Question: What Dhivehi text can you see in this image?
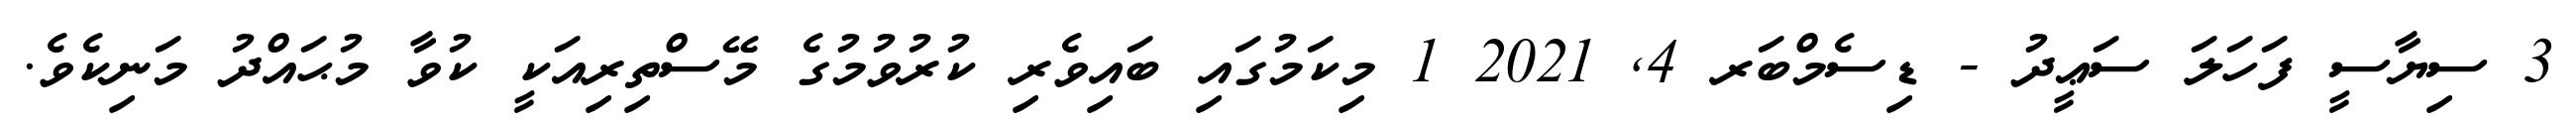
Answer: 3 ސިޔާސީ ފަހަލަ ސަޢީދު - ޑިސެމްބަރ 4, 2021 1 މިކަމުގައި ބައިވެރި ކުރުވުމުގެ މޭސްތިރިއަކީ ކުވާ މުޙައްދު މަނިކެވެ.